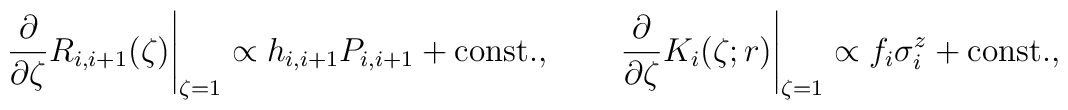
\left.\frac{\partial}{\partial\zeta}R_{i,i+1}(\zeta)\right|_{\zeta=1}  \propto h_{i,i+1}P_{i,i+1}+\mbox{const.},  \qquad  \left.\frac{\partial}{\partial\zeta}K_i(\zeta;r)\right|_{\zeta=1}  \propto f_i\sigma_i^z+\mbox{const.},